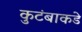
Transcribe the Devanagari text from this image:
कुटंबाकडे